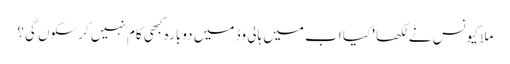
ملا کیونس نے لکھا ' کیا اب میں ہالی وڈ میں دوبارہ کبھی کام نہیں کرسکوں گی؟